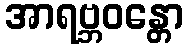
အာရဗ္ဘဝန္တော